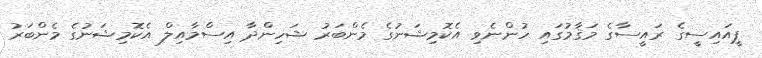
ޕީއައިސީގެ ރައީސާގެ މަޤާމުގައި ހުންނެވި އެކޮމިޝަނުގެ މެންބަރު ޝަހިންދާ އިސްމާއިލް އެކޮމިޝަނުގެ މެންބަރު